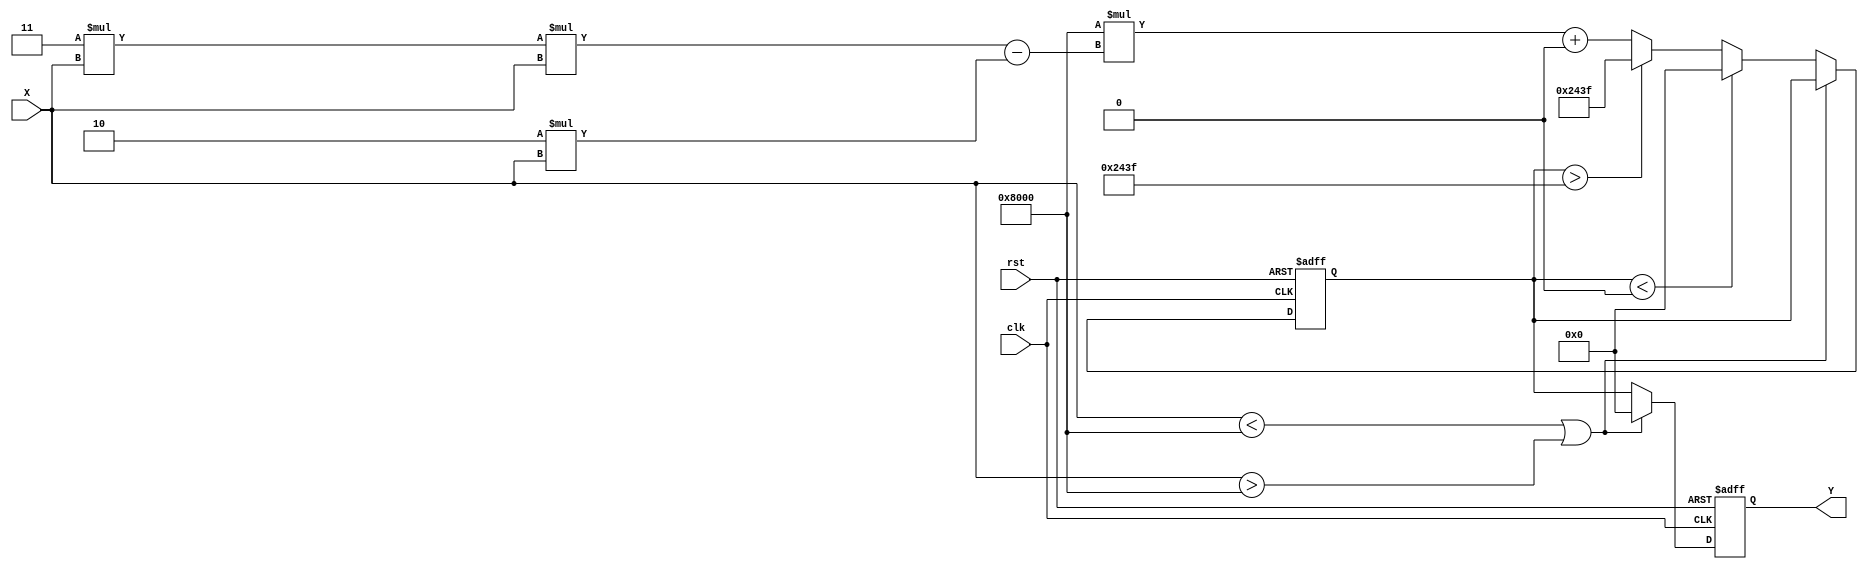
module acos_block (
    input  wire [15:0] X, // Input: Fixed-point representation of cosine value [-1, 1]
    output reg  [15:0] Y, // Output: Fixed-point representation of angle in radians [0, ]
    input  wire clk,      // Clock signal
    input  wire rst       // Reset signal
);

    // Parameter definitions
    localparam ZERO   = 16'd0;         // 0 in fixed-point
    localparam ONE    = 16'd32768;     // 1.0 in fixed-point (assuming 16 bits, fixed point 0.15 format)
    localparam PI     = 16'd205887;    //  in fixed-point
    
    // Internal signals
    reg [15:0] angle;     // Internal angle register
    reg range_error;      // Range error flag

    always @(posedge clk or posedge rst) begin
        if (rst) begin
            Y <= ZERO;
            angle <= ZERO;
            range_error <= 1'b0;
        end else begin
            // Range check for input X
            if (X < -ONE || X > ONE) begin
                range_error <= 1'b1; // Invalid range
                Y <= 16'd0;           // Error output
            end else begin
                range_error <= 1'b0; // Valid input

                // Approximation for acos using a simple polynomial or lookup
                // Here we are just using an example polynomial for demonstration,
                // In practice this would be more complex and based on a more accurate method.
                angle <= 16'd32768 * (3'd3 * X * X - 3'd2 * X) + 16'd0; // Sample simple approx

                // Clamp the angle to prevent overflow in fixed-point
                if(angle < 0) begin
                    angle <= 0;
                end else if (angle > PI) begin
                    angle <= PI;
                end

                Y <= angle; // Assign the calculated angle to output
            end
        end
    end

endmodule